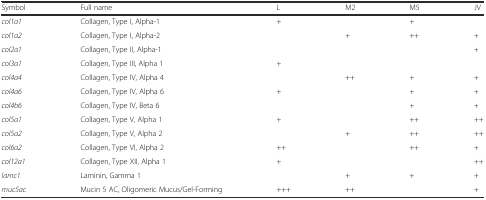
<table><thead><tr><td><b>Symbol</b></td><td><b>Full name</b></td><td><b>L</b></td><td><b>M2</b></td><td><b>M5</b></td><td><b>JV</b></td></tr></thead><tbody><tr><td><i>col1a1</i></td><td>Collagen, Type I, Alpha-1</td><td>+</td><td></td><td>+</td><td></td></tr><tr><td><i>col1a2</i></td><td>Collagen, Type I, Alpha-2</td><td></td><td>+</td><td>++</td><td>+</td></tr><tr><td><i>col2a1</i></td><td>Collagen, Type II, Alpha-1</td><td></td><td></td><td></td><td>+</td></tr><tr><td><i>col3a1</i></td><td>Collagen, Type III, Alpha 1</td><td>+</td><td></td><td></td><td></td></tr><tr><td><i>col4a4</i></td><td>Collagen, Type IV, Alpha 4</td><td></td><td>++</td><td>+</td><td>+</td></tr><tr><td><i>col4a6</i></td><td>Collagen, Type IV, Alpha 6</td><td>+</td><td></td><td>+</td><td>+</td></tr><tr><td><i>col4b6</i></td><td>Collagen, Type IV, Beta 6</td><td></td><td></td><td>+</td><td>+</td></tr><tr><td><i>col5a1</i></td><td>Collagen, Type V, Alpha 1</td><td>+</td><td></td><td>++</td><td>++</td></tr><tr><td><i>col5a2</i></td><td>Collagen, Type V, Alpha 2</td><td></td><td>+</td><td>++</td><td>++</td></tr><tr><td><i>col6a2</i></td><td>Collagen, Type VI, Alpha 2</td><td>++</td><td></td><td>++</td><td>+</td></tr><tr><td><i>col12a1</i></td><td>Collagen, Type XII, Alpha 1</td><td>+</td><td></td><td></td><td>++</td></tr><tr><td><i>lamc1</i></td><td>Laminin, Gamma 1</td><td></td><td>+</td><td>+</td><td>+</td></tr><tr><td><i>muc5ac</i></td><td>Mucin 5 AC, Oligomeric Mucus/Gel-Forming</td><td>+++</td><td>++</td><td></td><td>+</td></tr></tbody></table>